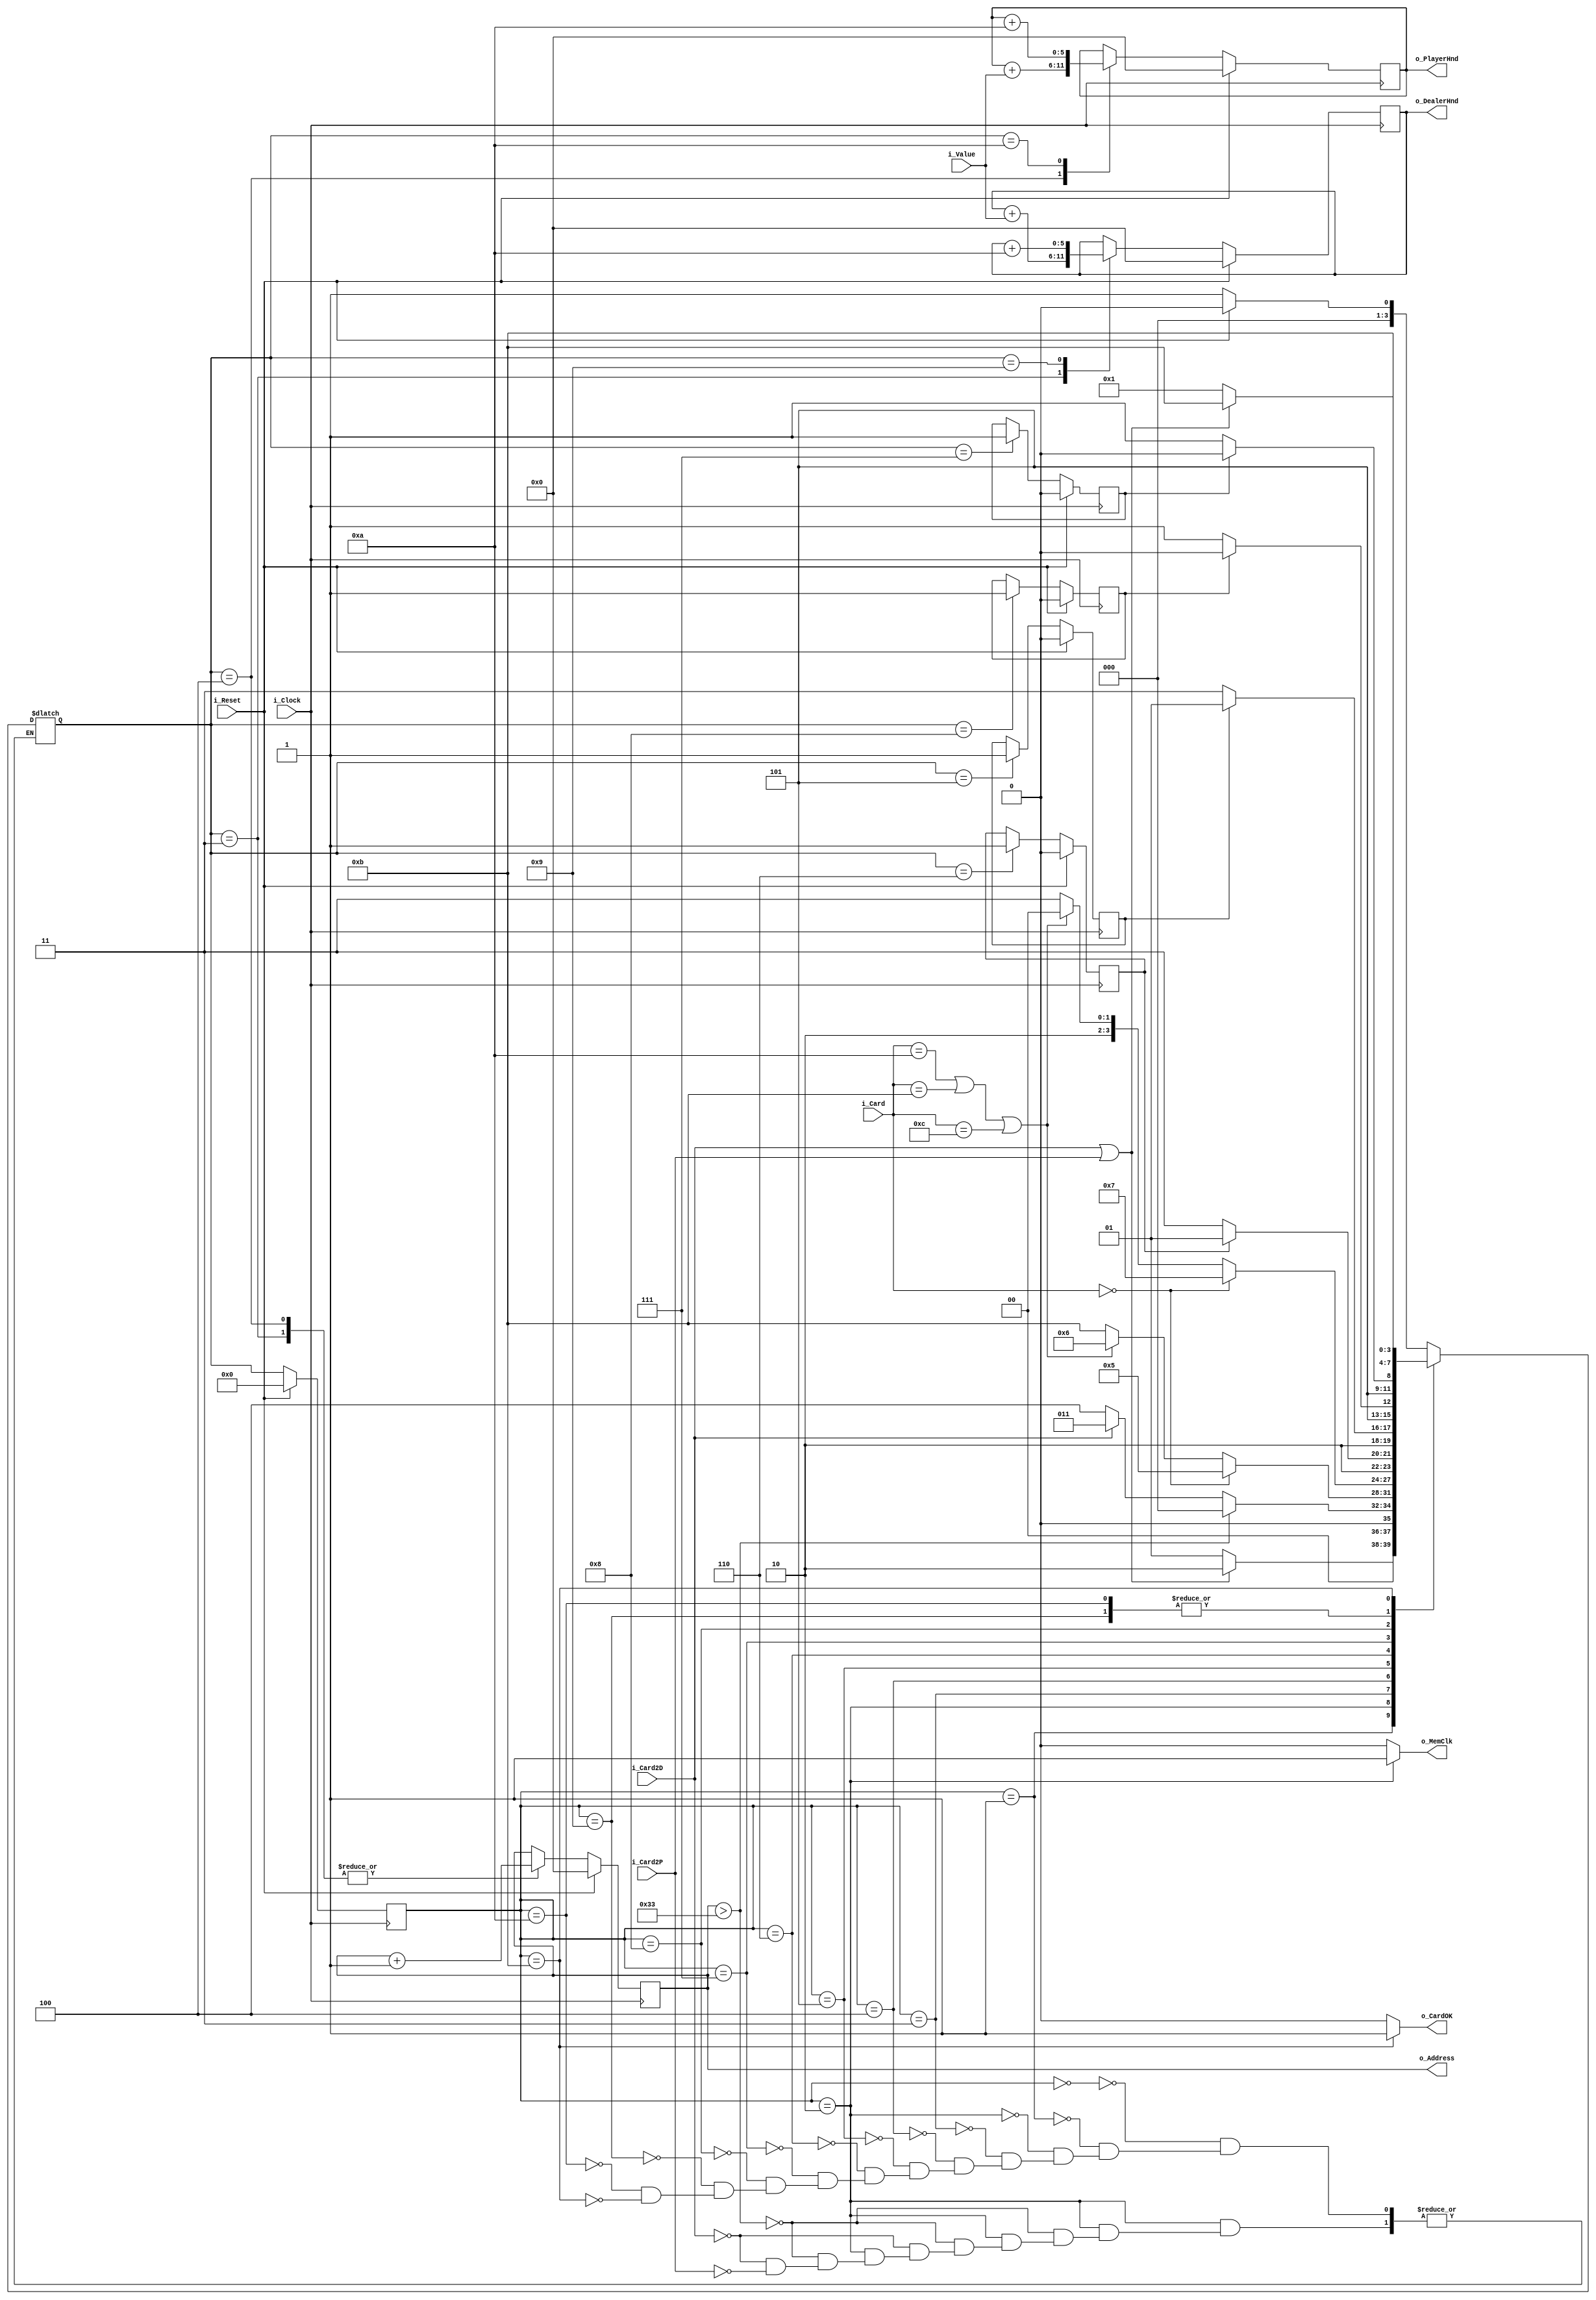
// Made by: Erick

module CardAdder
(
    // ----- Inputs -----
    input [3:0] i_Card,         // Cdigo da carta obtido da memria
    input [3:0] i_Value,        // Valor da carta obtido do Evaluador
    input i_Card2P,             // Input que indica se deve ser adicionada carta ao player
    input i_Card2D,             // Input que indica se deve ser adicionada carta ao dealer
    input i_Reset,              // Entrada de reset (Posedge)
    input i_Clock,              // Entrada do clock
    // ----- Outputs ----
    output [5:0] o_Address,     // Sada de endereo para a memria
    output reg o_MemClk,        // Clock da memria
    output [5:0] o_DealerHnd,   // Sada indicando quanto tem na mo do dealer
    output [5:0] o_PlayerHnd,   // Sada indicando quanto tem na mo do player
    output reg o_CardOK         // Sada indicando que a carta foi adicionada com sucesso
);

// Registrador para armazenar a mo do player/dealer
reg [5:0] vc_HndD, vc_HndP;

// Ace holders
reg vc_Ace_D, vc_Ace_P;

// Jack, Queen and King holder
reg vc_Face_D, vc_Face_P;

// State register
reg [3:0] A_State, F_State;

// Address holder
reg [5:0] r_Addr;

// Codificao dos estados
parameter   Start           = 4'b 0000,
            Wait_FSM        = 4'b 0001,
            ReadMem         = 4'b 0010,
            Value2Dealer    = 4'b 0011,
            Value2Player    = 4'b 0100,
            DealerWithAce   = 4'b 0101,
            DealerWithFace  = 4'b 0110,
            PlayerWithAce   = 4'b 0111,
            PlayerWithFace  = 4'b 1000,
            PlusTenDealer   = 4'b 1001,
            PlusTenPlayer   = 4'b 1010,
            CardOK          = 4'b 1011;


// Clocked block
always @(posedge i_Clock)
begin
    if(i_Reset)
    begin
        A_State <= Start;
        r_Addr <= 0;
        vc_HndD <= 0;
        vc_HndP <= 0;

        // Precisamos usar essas variveis como FF pois elas devem manter o
        // estado atual at que este seja alterado

        vc_Ace_D <= 0;
        vc_Ace_P <= 0;
        vc_Face_D <= 0;
        vc_Face_P <= 0;
    end
    else
    begin
        A_State <= F_State;

        case (F_State)
            Value2Dealer :
                begin
                    r_Addr <= r_Addr + 1;
                    vc_HndD <= vc_HndD + i_Value;
                end
            
            Value2Player :
                begin
                    r_Addr <= r_Addr + 1;
                    vc_HndP <= vc_HndP + i_Value;
                end

            PlusTenDealer :
                vc_HndD <= vc_HndD + 10;

            PlusTenPlayer :
                vc_HndP <= vc_HndP + 10;

            DealerWithAce :
                vc_Ace_D <= 1;

            DealerWithFace :
                vc_Face_D <= 1;

            PlayerWithAce :
                vc_Ace_P <= 1;

            PlayerWithFace :
                vc_Face_P <= 1;
        endcase
    end
end

// Next state decoder DONE
always @(*)
begin
    case (A_State)
        Start:
            if (i_Reset)
                F_State = Start;
            else
                F_State = Wait_FSM;

        Wait_FSM :
            if (i_Card2D || i_Card2P)
                F_State = ReadMem;
            else
                F_State = Wait_FSM;

        ReadMem :
            if (r_Addr > 51)
                F_State = Start;
            
            else if (i_Card2D)
                F_State = Value2Dealer;

            else if (i_Card2P)
                F_State = Value2Player;

        Value2Dealer :
            if (i_Card == 4'b 0000)
                F_State = DealerWithAce;
            else if (i_Card == 4'b 1010 || i_Card == 4'b 1011 || i_Card == 4'b 1100)
                F_State = DealerWithFace;
            else
                F_State = CardOK;

        Value2Player :
            if (i_Card == 4'b 0000)
                F_State = PlayerWithAce;
            else if (i_Card == 4'b 1010 || i_Card == 4'b 1011 || i_Card == 4'b 1100)
                F_State = PlayerWithFace;
            else
                F_State = CardOK;

        DealerWithAce :
            if (vc_Face_D)
                F_State = PlusTenDealer;
            else
                F_State = CardOK;

        DealerWithFace :
            if (vc_Ace_D)
                F_State = PlusTenDealer;
            else
                F_State = CardOK;

        PlayerWithAce :
            if (vc_Face_P)
                F_State = PlusTenPlayer;
            else
                F_State = CardOK;


        PlayerWithFace :
            if (vc_Ace_P)
                F_State = PlusTenPlayer;
            else
                F_State = CardOK;

        PlusTenDealer :
            F_State = CardOK;

        PlusTenPlayer :
            F_State = CardOK;

        CardOK :
            if (i_Card2D || i_Card2P)
                F_State = CardOK;
            else
                F_State = Wait_FSM;
    endcase
end

// Output decoder
always @(*)
begin
    // Default output values
    o_CardOK = 0;
    o_MemClk = 0;

    // State outputs
    case (A_State)        
        ReadMem:
            o_MemClk = 1;

        CardOK :
            o_CardOK = 1;
    endcase
end

assign o_Address = r_Addr;
assign o_DealerHnd = vc_HndD;
assign o_PlayerHnd = vc_HndP;

endmodule // CardAdder